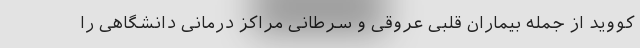
کووید از جمله بیماران قلبی عروقی و سرطانی مراکز درمانی دانشگاهی را